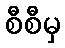
စီစီမှ